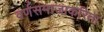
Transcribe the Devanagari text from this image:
वर्णसमाजाकरिता